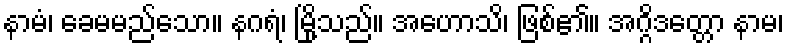
နာမံ၊ ခေမမည်သော။ နဂရံ၊ မြို့သည်။ အဟောသိ၊ ဖြစ်၏။ အဂ္ဂိဒတ္တော နာမ၊